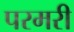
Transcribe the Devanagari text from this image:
परमरी